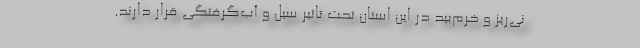
نی‌ریز و خرم‌بید در این استان تحت تاثیر سیل و آب‌گرفتگی قرار دارند.